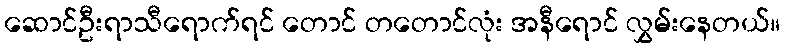
ဆောင်ဦးရာသီရောက်ရင် တောင် တတောင်လုံး အနီရောင် လွှမ်းနေတယ်။